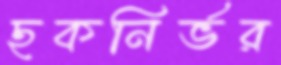
ছকনির্ভর